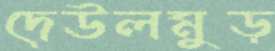
দেউলমুড়